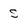
Character: S